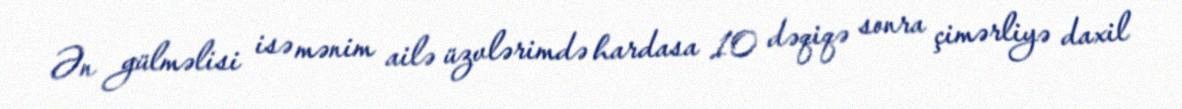
Ən gülməlisi isə mənim ailə üzvlərimdə hardasa 10 dəqiqə sonra çimərliyə daxil